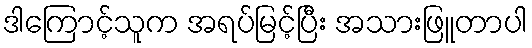
ဒါကြောင့်သူက အရပ်မြင့်ပြီး အသားဖြူတာပါ